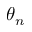
\theta _ { n }